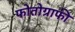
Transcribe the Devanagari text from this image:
फोतोग्राफी